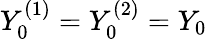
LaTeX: Y_{0}^{(1)}=Y_{0}^{(2)}=Y_{0}